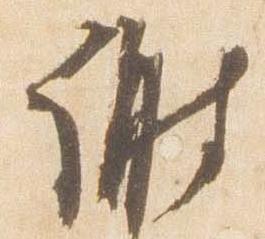
謝